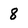
Character: 8